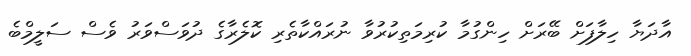
އާދަޔާ ހިލާފަށް ބޭރަށް ހިންގުމާ ކުރިމަތިކުރުވާ ނުރައްކާތެރި ކޮލެރާގެ ދުވަސްވަރު ވެސް ސަލީމްބެ